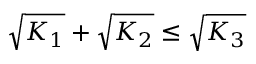
\sqrt { K _ { 1 } } + \sqrt { K _ { 2 } } \leq \sqrt { K _ { 3 } }